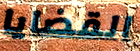
القضايا